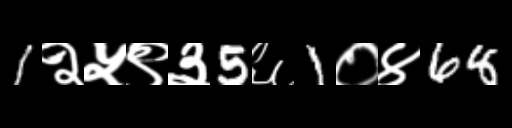
Text: 1२५९३5६1०४68